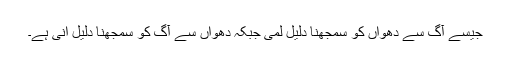
جیسے آگ سے دھواں کو سمجھنا دلیل لمی جبکہ دھواں سے آگ کو سمجھنا دلیل انی ہے۔